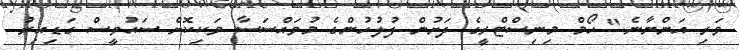
ވަރި އަންނާނެ." ހޯމް މިނިސްޓްރީގެ ދަށުން ފުލުހުންގެ މުވައްސަސާ ވަކިކޮށް ސައުވީސް ގަޑިއިރު